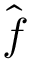
\hat { \boldsymbol { f } }